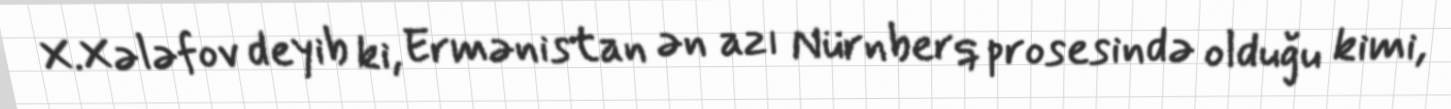
X.Xələfov deyib ki, Ermənistan ən azı Nürnberq prosesində olduğu kimi,